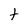
Character: t